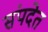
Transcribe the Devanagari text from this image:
संपदेत